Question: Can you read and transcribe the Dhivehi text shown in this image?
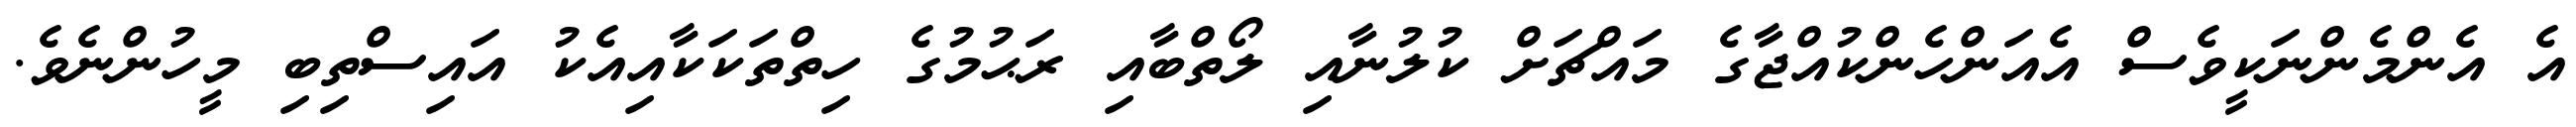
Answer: އެ އެންމެންނަކީވެސް އެއަންހެންކުއްޖާގެ މައްޗަށް ކުލުނާއި ލޯތްބާއި ރަޙުމުގެ ހިތްތަކަކާއިއެކު އައިސްތިބި މީހުންނެވެ.